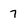
Character: 7